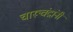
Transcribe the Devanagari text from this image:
चारूचंद्रांनी